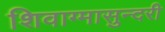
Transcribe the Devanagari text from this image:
शिवाग्मासुन्दरी